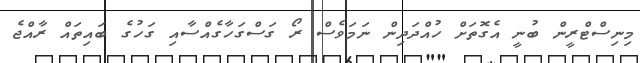
މިނިސްޓްރީން ބުނީ އެގޮތަށް ހުއްދަދިން ނަމަވެސް ރޯ ގަސްގަހާގެއްސާއި ގަހުގެ ބައިތައް ރާއްޖެ